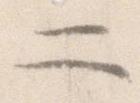
二